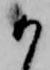
か